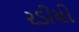
રડીયો